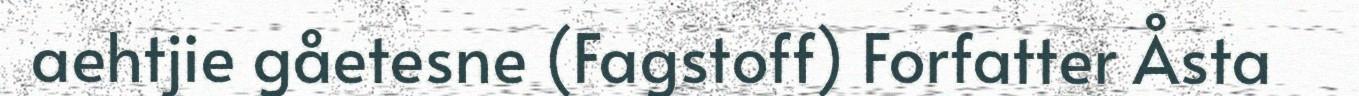
aehtjie gåetesne (Fagstoff) Forfatter Åsta